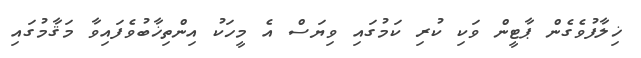
ޚިލާފުވެގެން ޕާޓީން ވަކި ކުރި ކަމުގައި ވިޔަސް އެ މީހަކު އިންތިޚާބުވެފައިވާ މަޤާމުގައި